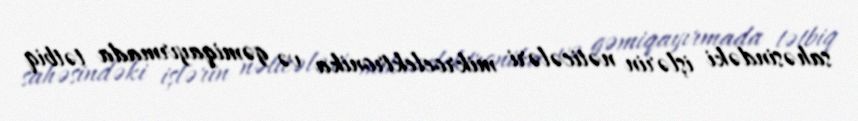
sahəsindəki işlərin nəticələri mikroelektronika və gəmiqayırmada tətbiq